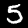
Digit: 5